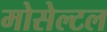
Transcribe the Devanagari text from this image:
मोसेल्टल